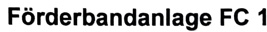
Text: Förderbandanlage FC 1